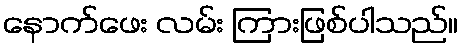
နောက်ဖေး လမ်း ကြားဖြစ်ပါသည်။